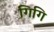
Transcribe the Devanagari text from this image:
गिगि